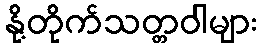
နို့တိုက်သတ္တဝါများ